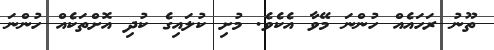
ތޫނު ރަހައެއް ހުންނަ މޭވާ އެކެވެ. މުށި ކުލައިގެ ކުދި އޮށްތަކެއް ހުންނަ